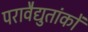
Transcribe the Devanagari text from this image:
परावैद्युतांकों